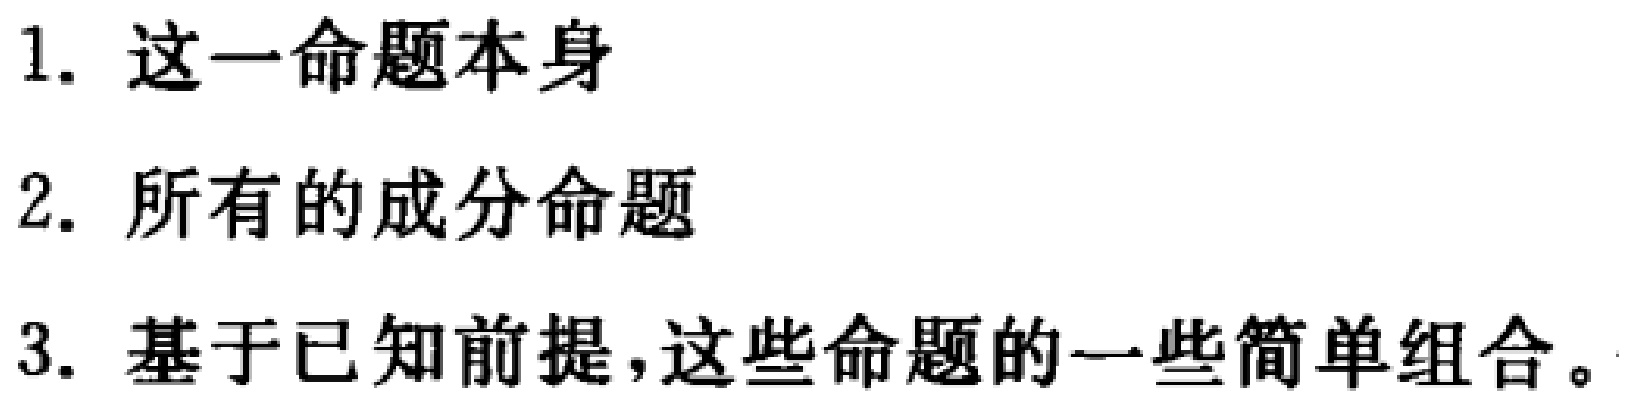
1. 这一命题本身
2. 所有的成分命题
3. 基于已知前提,这些命题的一些简单组合。